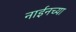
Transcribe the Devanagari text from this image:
नाईनच्या